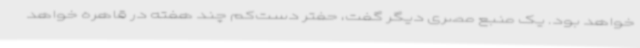
خواهد بود. یک منبع مصری دیگر گفت، حفتر دست‌کم چند هفته در قاهره خواهد